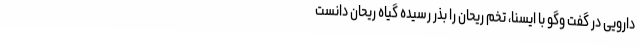
دارویی در گفت وگو با ایسنا، تخم ریحان را بذر رسیده گیاه ریحان دانست